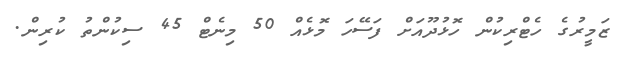
ޒަމީރުގެ ހެޓްރިކުން ހޮޅުދޫއަށް ފަސޭހަ މޮޅެއް 50 މިނެޓް 45 ސިކުންތު ކުރިން.